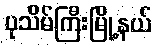
ပုသိမ်ကြီးမြို့နယ်